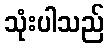
သုံးပါသည်